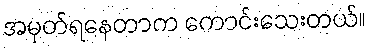
အမှတ်ရနေတာက ကောင်းသေးတယ်။